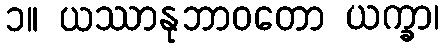
၁။ ယဿာနုဘာဝတော ယက္ခာ၊